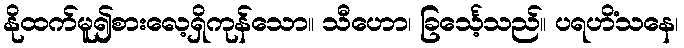
နိုထက်မူ၍စားလေ့ရှိကုန်သော။ သီဟော၊ ခြင်္သေ့သည်။ ပရဟိံသနေ၊